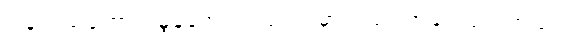
ပြန်လည်ကောင်းမွန်အောင် လုပ်ရာမှာလည်း အရေးပါပါတယ်။